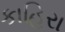
કાહિરા